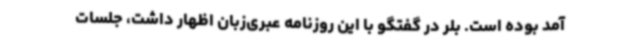
آمد بوده است. بلر در گفتگو با این روزنامه عبری‌زبان اظهار داشت، جلسات